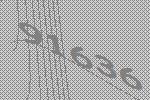
91636